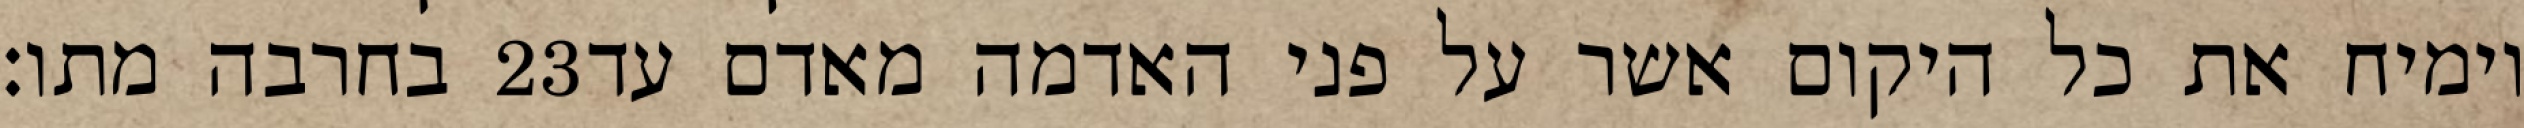
בחרבה מתו׃ ‎23‏ וימיח את כל היקום אשר על פני האדמה מאדם עד